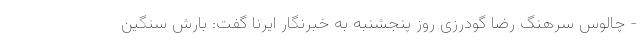
- چالوس سرهنگ رضا گودرزی روز پنجشنبه به خبرنگار ایرنا گفت: بارش سنگین